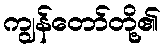
ကျွန်တော်တို့၏